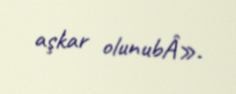
aşkar olunubÂ».